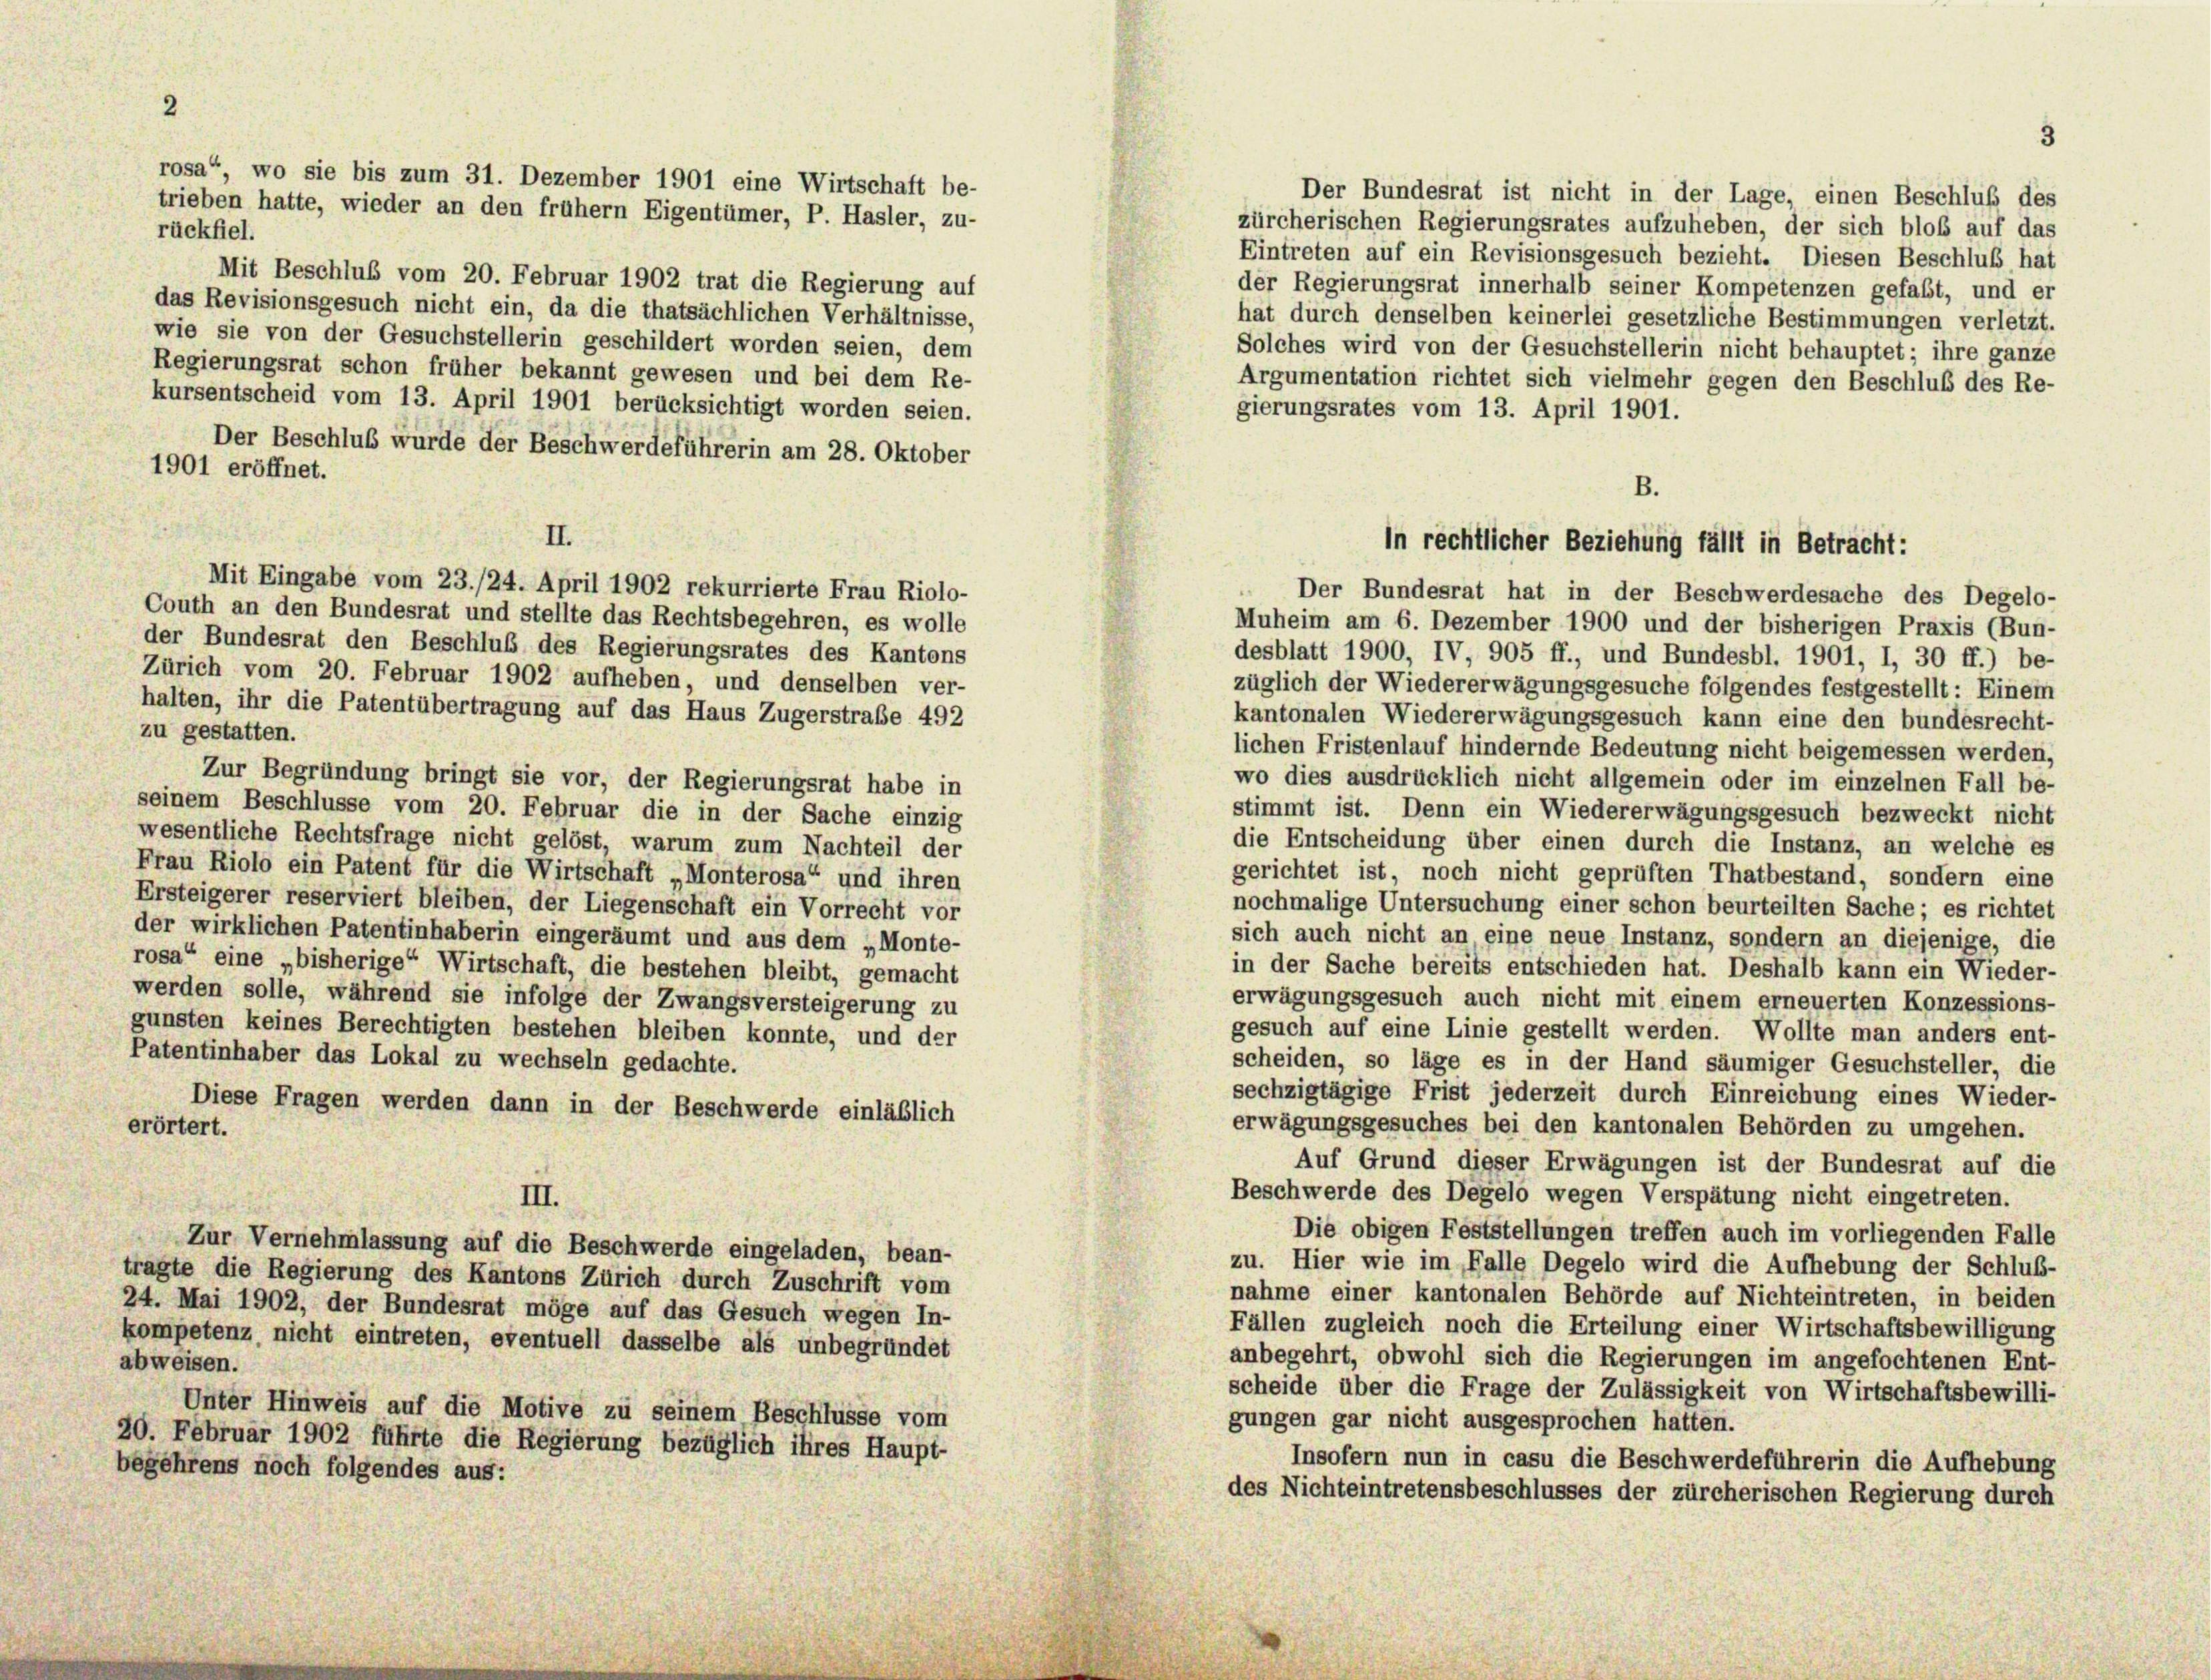
Mit Beschluß vom 20. Februar 1902 trat die Regierung auf
das Revisionsgesuch nicht ein, da die thatsächlichen Verhältnisse,
wie sie von der Gesuchstellerin geschildert worden seien, dem
Regierungsrat schon früher bekannt gewesen und bei dem Re-
kursentscheid vom 13. April 1901 berücksichtigt worden seien.
Der Beschluß wurde der Beschwerdeführerin am 28. Oktober
1901 eröffnet.
II.
Mit Eingabe vom 23./24. April 1902 rekurrierte Frau Riolo-
Couth an den Bundesrat und stellte das Rechtsbegehren, es wolle
der Bundesrat den Beschluß des Regierungsrates des Kantons
Zürich vom 20. Februar 1902 aufheben, und denselben ver-
halten, ihr die Patentübertragung auf das Haus Zugerstraße 492
zu gestatten.
Zur Begründung bringt sie vor, der Regierungsrat habe in
seinem Beschlüsse vom 20. Februar die in der Sache einzig
wesentliche Rechtsfrage nicht gelöst, warum zum Nachteil der
Frau Riolo ein Patent für die Wirtschaft „Monterosa“ und ihren
Ersteigerer reserviert bleiben, der Liegenschaft ein Vorrecht vor
der wirklichen Patentinhaberin eingeräumt und aus dem „Monte-
rosa“ eine „bisherige“ Wirtschaft, die bestehen bleibt, gemacht
werden solle, während sie infolge der Zwangsversteigerung zu
gunsten keines Berechtigten bestehen bleiben konnte, und der
Patentinhaber das Lokal zu wechseln gedachte.
Diese Fragen werden dann in der Beschwerde einläßlich
erörtert.
III.

rückfiel.

rosa“, wo sie bis zum 31. Dezember 1901 eine Wirtschaft be-
trieben hatte, wieder an den frühem Eigentümer, P. Hasler, zu-

Zur Vernehmlassung auf die Beschwerde eingeladen, bean-
tragte die Regierung des Kantons Zürich durch Zuschrift vom
24. Mai 1902, der Bundesrat möge auf das Gesuch wegen In-
kompetenz nicht eintreten, eventuell dasselbe als unbegründet
abweisen.
Unter Hinweis auf die Motive zu seinem Beschlüsse vom
20. Februar 1902 führte die Regierung bezüglich ihres Haupt-
begehrens noch folgendes aus:

Der Bundesrat ist nicht in der Lage, einen Beschluß des
zürcherischen Regierungsrates aufzuheben, der sich bloß auf das
Eintreten auf ein Revisionsgesuch bezieht. Diesen Beschluß hat
der Regierungsrat innerhalb seiner Kompetenzen gefaßt, und er
hat durch denselben keinerlei gesetzliche Bestimmungen verletzt.
Solches wird von der Gesuchstellerin nicht behauptet; ihre ganze
Argumentation richtet sich vielmehr gegen den Beschluß des Re-
gierungsrates vom 13. April 1901.

B.
in rechtlicher Beziehung fällt in Betracht:

Der Bundesrat hat in der Beschwerdesache des Degelo-
Muheim am 6. Dezember 1900 und der bisherigen Praxis (Bun-
desblatt 1900, IV, 905 ff., und Bundesbl. 1901, I, 30 ff.) be-
züglich der Wiedererwägungsgesuche folgendes festgestellt: Einem
kantonalen Wiedererwägungsgesuch kann eine den bundesrecht-
lichen Fristenlauf hindernde Bedeutung nicht beigemessen werden,
wo dies ausdrücklich nicht allgemein oder im einzelnen Fall be-
stimmt ist. Denn ein Wiedererwägungsgesuch bezweckt nicht
die Entscheidung über einen durch die Instanz, an welche es
gerichtet ist, noch nicht geprüften Thatbestand, sondern eine
nochmalige Untersuchung einer schon beurteilten Sache; es richtet
sich auch nicht an, eine neue Instanz, sondern an diejenige, die
in der Sache bereits entschieden hat. Deshalb kann ein Wieder-
erwägungsgesuch auch nicht mit einem erneuerten Konzessions-
gesuch auf eine Linie gestellt werden. Wollte man anders ent-
scheiden, so läge es in der Hand säumiger Gesuchsteller, die
sechzigtägige Frist jederzeit durch Einreichung eines Wieder-
erwägungsgesuches bei den kantonalen Behörden zu umgehen.
Auf Grund dieser Erwägungen ist der Bundesrat auf die
Beschwerde des Degelo wegen Verspätung nicht eingetreten.
Die obigen Feststellungen treffen auch im vorliegenden Falle
zu. Hier wie im Falle Degelo wird die Aufhebung der Schluß-
nahme einer kantonalen Behörde auf Nichteintreten, in beiden
Fällen zugleich noch die Erteilung einer Wirtschaftsbewilligung
anbegehrt, obwohl sich die Regierungen im angefochtenen Ent-
scheide über die Frage der Zulässigkeit von Wirtschaftsbewilli-
gungen gar nicht ausgesprochen hatten.
Insofern nun in casu die Beschwerdeführerin die Aufhebung
des Nichteintretensbeschlusses der zürcherischen Regierung durch